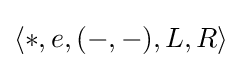
\langle *,e,(-,-),L,R\rangle